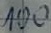
Text: 100